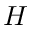
H